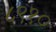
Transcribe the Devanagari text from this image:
८९१०